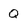
Character: Q